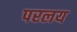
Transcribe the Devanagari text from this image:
परलय